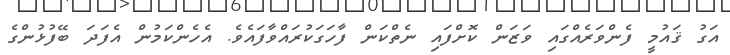
އަގު ޤައުމީ ފެންވަރެއްގައި ވަޒަން ކޮށްފައި ނެތްކަން ފާހަގަކުރައްވާފައެވެ. އެހެންކަމުން އެފަދަ ބޭފުޅުންގެ